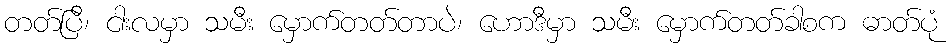
တတ်ပြီ၊ ငါးလမှာ သမီး မှောက်တတ်တာပဲ၊ ဟောဒီမှာ သမီး မှောက်တတ်ခါစက ဓာတ်ပုံ